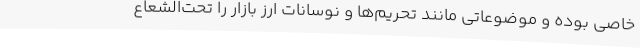
خاصی‌ بوده و موضوعاتی مانند تحریم‌ها و نوسانات ارز بازار را تحت‌الشعاع